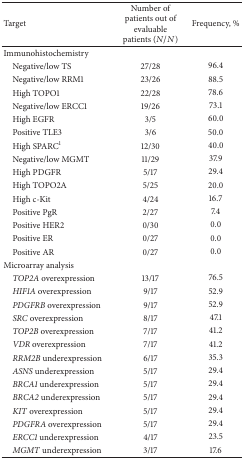
<table><thead><tr><td><b>Target</b></td><td><b>Number of patients out of evaluable patients (<i>N</i>/<i>N</i>)</b></td><td><b>Frequency, %</b></td></tr></thead><tbody><tr><td>Immunohistochemistry</td><td> </td><td> </td></tr><tr><td> Negative/low TS</td><td>27/28</td><td>96.4</td></tr><tr><td> Negative/low RRM1</td><td>23/26</td><td>88.5</td></tr><tr><td> High TOPO1</td><td>22/28</td><td>78.6</td></tr><tr><td> Negative/low ERCC1</td><td>19/26</td><td>73.1</td></tr><tr><td> High EGFR</td><td>3/5</td><td>60.0</td></tr><tr><td> Positive TLE3</td><td>3/6</td><td>50.0</td></tr><tr><td> High SPARC<sup>1</sup></td><td>12/30</td><td>40.0</td></tr><tr><td> Negative/low MGMT</td><td>11/29</td><td>37.9</td></tr><tr><td> High PDGFR</td><td>5/17</td><td>29.4</td></tr><tr><td> High TOPO2A</td><td>5/25</td><td>20.0</td></tr><tr><td> High c-Kit</td><td>4/24</td><td>16.7</td></tr><tr><td> Positive PgR</td><td>2/27</td><td>7.4</td></tr><tr><td> Positive HER2</td><td>0/30</td><td>0.0</td></tr><tr><td> Positive ER</td><td>0/27</td><td>0.0</td></tr><tr><td> Positive AR</td><td>0/27</td><td>0.0</td></tr><tr><td>Microarray analysis</td><td> </td><td> </td></tr><tr><td> <i>TOP2A</i> overexpression</td><td>13/17</td><td>76.5</td></tr><tr><td> <i>HIF1A</i> overexpression</td><td>9/17</td><td>52.9</td></tr><tr><td> <i>PDGFRB</i> overexpression</td><td>9/17</td><td>52.9</td></tr><tr><td> <i>SRC</i> overexpression</td><td>8/17</td><td>47.1</td></tr><tr><td> <i>TOP2B</i> overexpression</td><td>7/17</td><td>41.2</td></tr><tr><td> <i>VDR</i> overexpression</td><td>7/17</td><td>41.2</td></tr><tr><td> <i>RRM2B</i> underexpression</td><td>6/17</td><td>35.3</td></tr><tr><td> <i>ASNS</i> underexpression</td><td>5/17</td><td>29.4</td></tr><tr><td> <i>BRCA1</i> underexpression</td><td>5/17</td><td>29.4</td></tr><tr><td> <i>BRCA2</i> underexpression</td><td>5/17</td><td>29.4</td></tr><tr><td> <i>KIT</i> overexpression</td><td>5/17</td><td>29.4</td></tr><tr><td> <i>PDGFRA</i> overexpression</td><td>5/17</td><td>29.4</td></tr><tr><td> <i>ERCC1</i> underexpression</td><td>4/17</td><td>23.5</td></tr><tr><td> <i>MGMT</i> underexpression</td><td>3/17</td><td>17.6</td></tr></tbody></table>